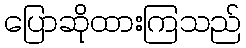
ပြောဆိုထားကြသည်